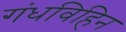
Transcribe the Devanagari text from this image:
गंधविहिन